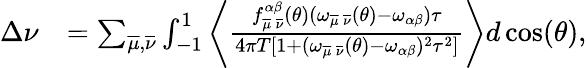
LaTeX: \begin{array}{rl}{\Delta\nu}&{=\sum_{\overline{{\mu}},\overline{{\nu}}}\int_{-1}^{1}\left\langle\frac{f_{\overline{{\mu}}\, \overline{{\nu}}}^{\alpha\beta}(\theta)(\omega_{\overline{{\mu}}\, \overline{{\nu}}}(\theta)-\omega_{\alpha\beta})\tau}{4\pi T[1+(\omega_{\overline{{\mu}}\, \overline{{\nu}}}(\theta)-\omega_{\alpha\beta})^{2}\tau^{2}]}\right\rangle d\cos(\theta),}\end{array}